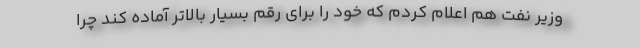
وزیر نفت هم اعلام کردم که خود را برای رقم بسیار بالاتر آماده کند چرا